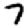
Digit: 7